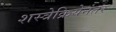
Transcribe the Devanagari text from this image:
शस्त्रेक्रियेनंतर